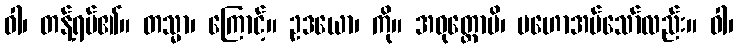
ဝါ၊ တန့်ရပ်၏။ တသ္မာ၊ ကြောင့်။ ဥဒယော၊ ကို။ အဝုတ္တောပိ၊ မဟောအပ်သော်လည်း။ ဝါ၊